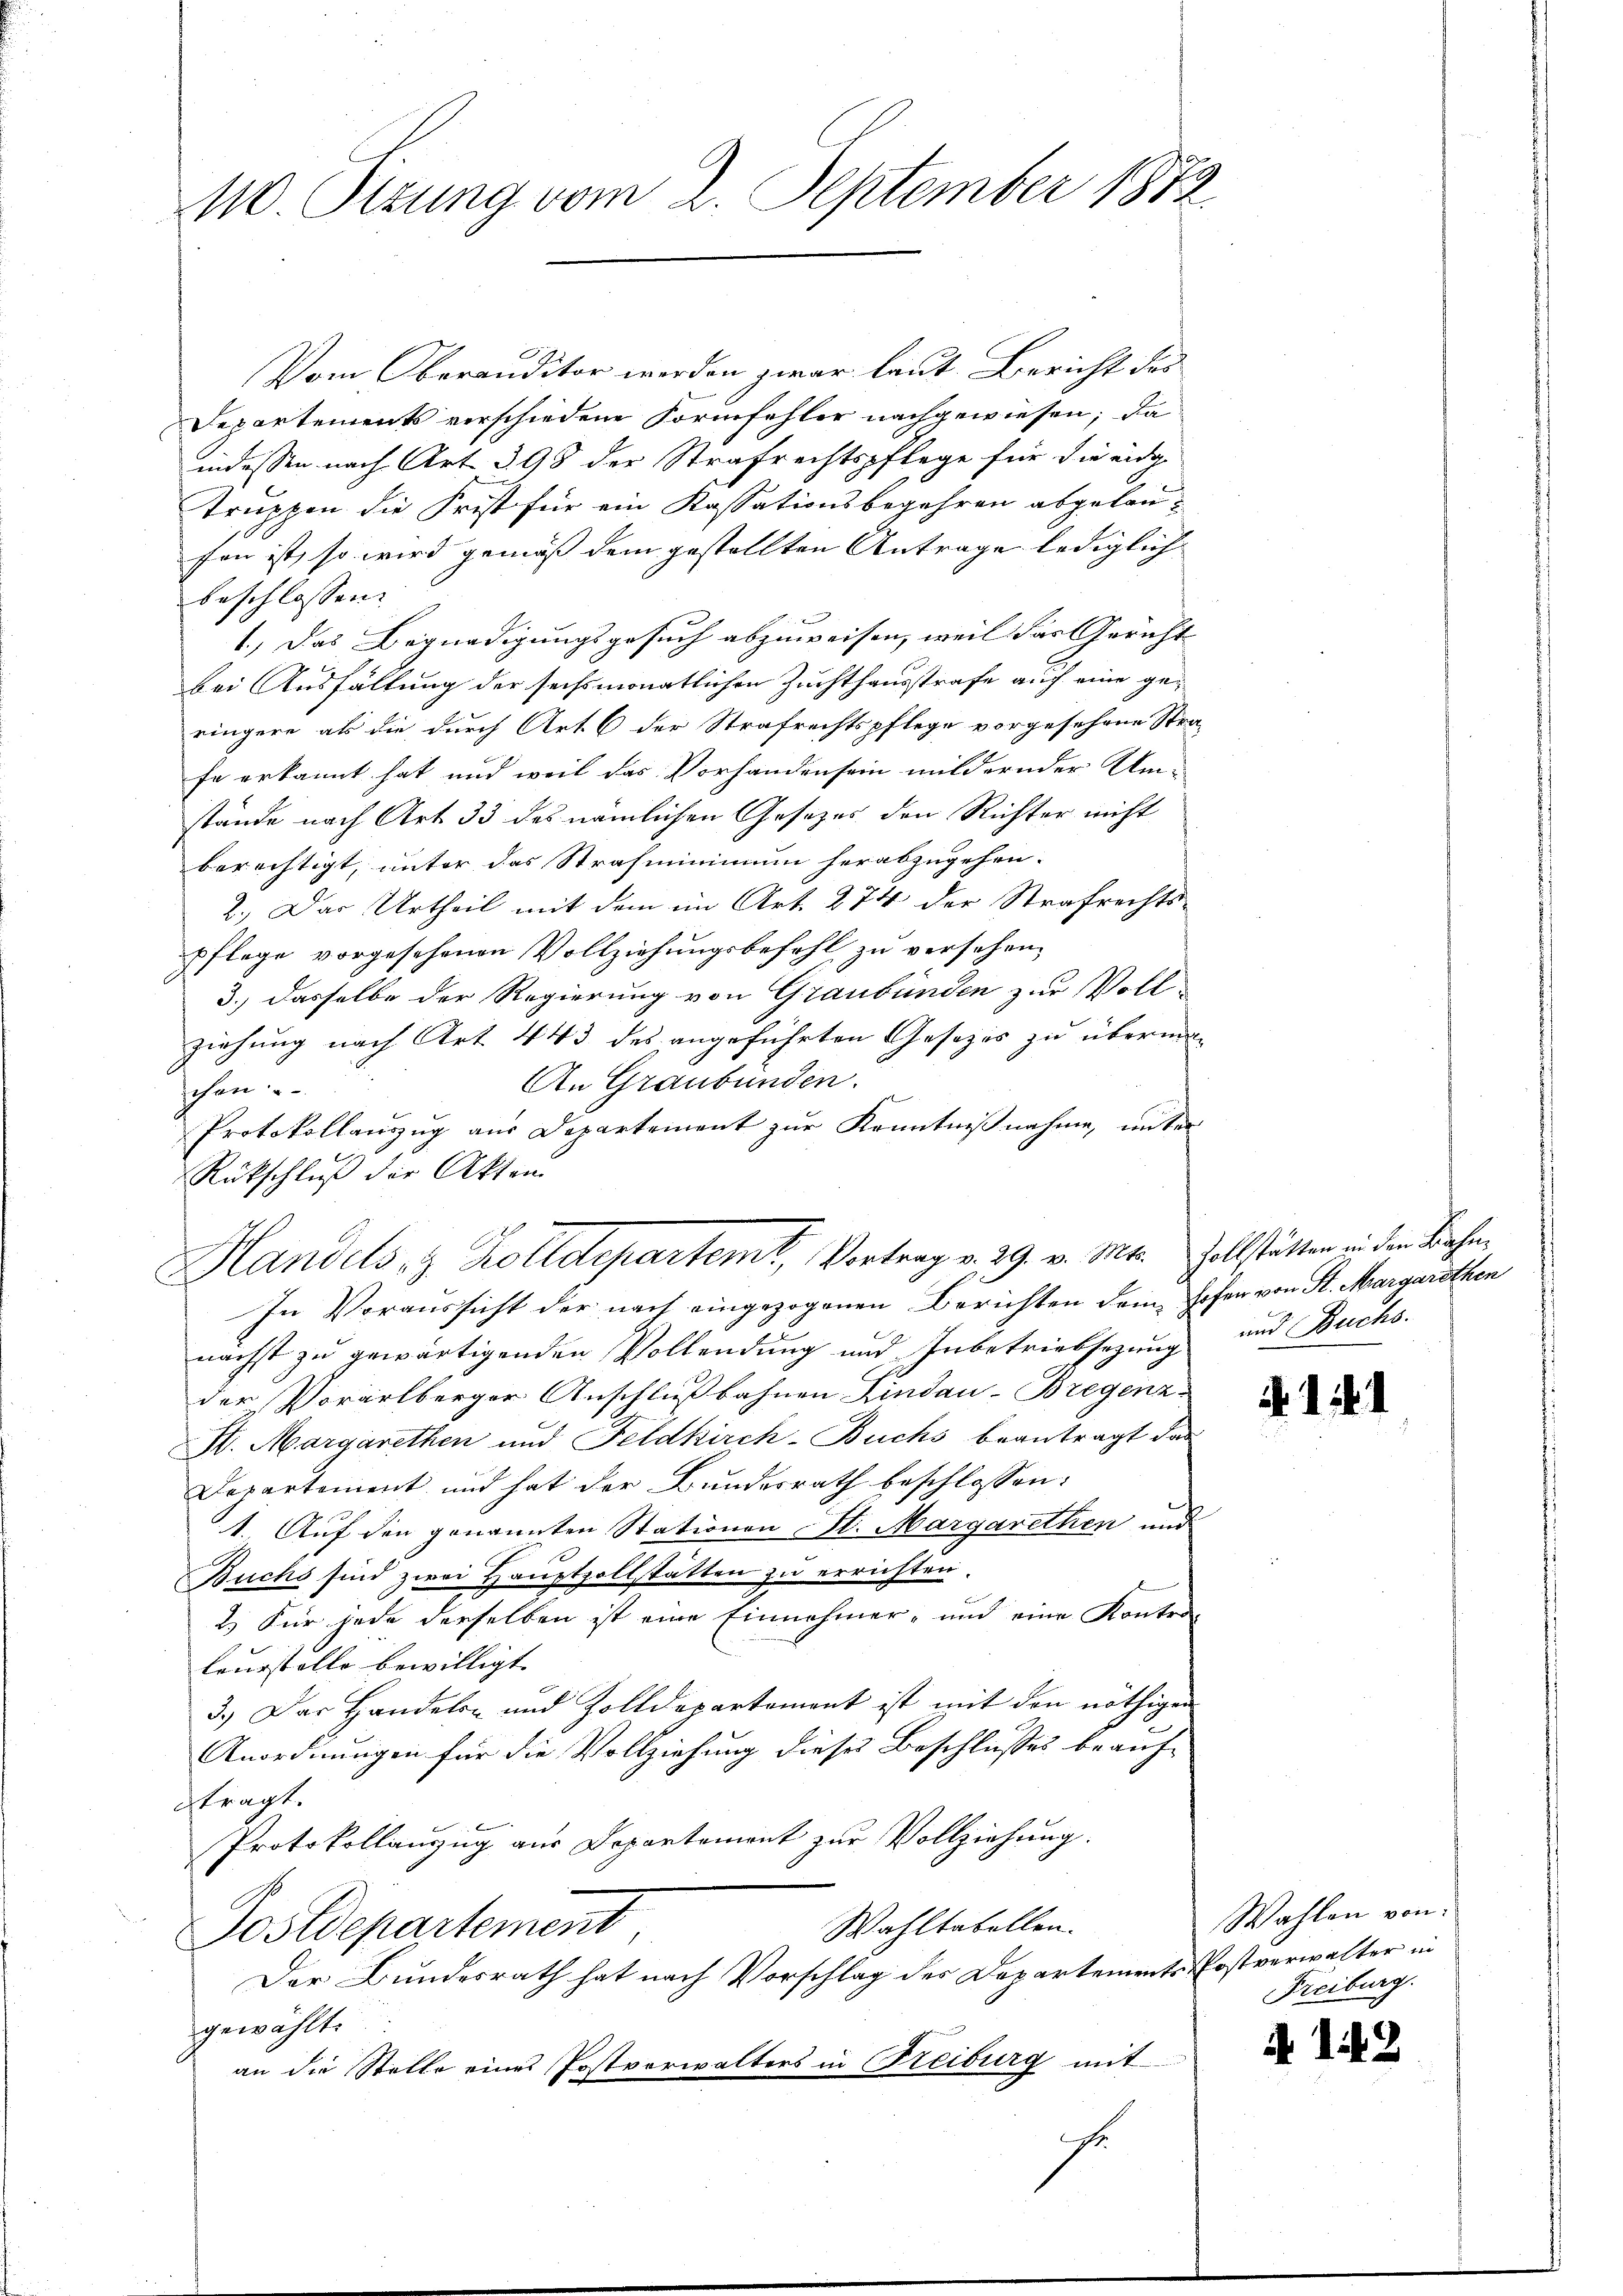
110. Ottung vom 2. September 1872

Vom Oberanditor werden zwar laut Bericht des
Departements verschiedene Formfehler nachgewiesen; da
indessen nach Art. 398 der Strafrechtspflege für die eidg
truppen die Frist für ein Kassationsbegehren abgelanfen ist, so wird gemäß dem gestellten Antrage lediglich
beschlossen.
1.) Das Begnadigungsgesuch abzuweisen, weil das Gericht
bei Ausfällung der sechsmonatlichen Zuchthausstrafe auch eine geringere als die durch Art 6 der Strafrechtspflege vorgesehene Stra-
fe erkannt hat, und weil das Vorhanden sein mildernder Um-
stände nach Art 33 des nämlichen Gesetzes den Richter nicht
berechtigt, unter das Strafmininium herabzugehen.
2.) Das Urtheil mit dem im Art. 274 der Strafrechts-
pflege vorgesehenen Vollziehungsbefehl zu versehen,
3.) Dasselbe der Regierung von Graubünden zur Voll
ziehung nach Art. 443 des angeführten Gesetzes zu überman
An Graubünden.
chen
Protokollauszug aus Departement zur Kenntnißnahme, unter
Rückschluß der Akten
In Voraussicht der nach eingezogenen Berichten dem Hofen von St. Margarethen
nächst zu gewärtigenden Vollendung und Inbetriebsezung und Buchs.
der Vorarlberger Anschlußbahnen Kindau-Bregenz
H. Margarethen und Feldkirch-Buchs beantragt das
Departement und hat der Bundesrath beschlossen:
1. Auf den genannten Stationen St. Margarethen und
Buchs sind zwei Hauptzollstätten zu errichten.
2.) Für jede derselben ist eine Einnahmer- und eine Kontre-
lougstelle bewilligt. |
3.) Das Handeln und Zolldepartement ist mit den nöthigen
Anordnungen für die Vollziehung dieses Beschlusses beauf-
tragt.
Protokollanzug aus Departement zur Vollziehung.
Wahltabellen.
Postdepartement
Der Bundesrath hat nach Vorschlag des Departements Postverwalter in
gewählt.
an die Stelle eines Postverwalters in Freiburg mit
G

Handels- & Zolldepartemt, Vortrag v. 29. v. Mts. Zollstätten in den Bahn,

. 1.

Wahlen von
Freiburg.

A 142